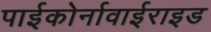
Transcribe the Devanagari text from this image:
पाईकोर्नावाईराइड